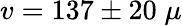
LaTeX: v=137\pm 20\; \mu